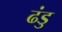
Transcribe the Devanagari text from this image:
ढंडु